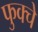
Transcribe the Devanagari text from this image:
फुक्चे